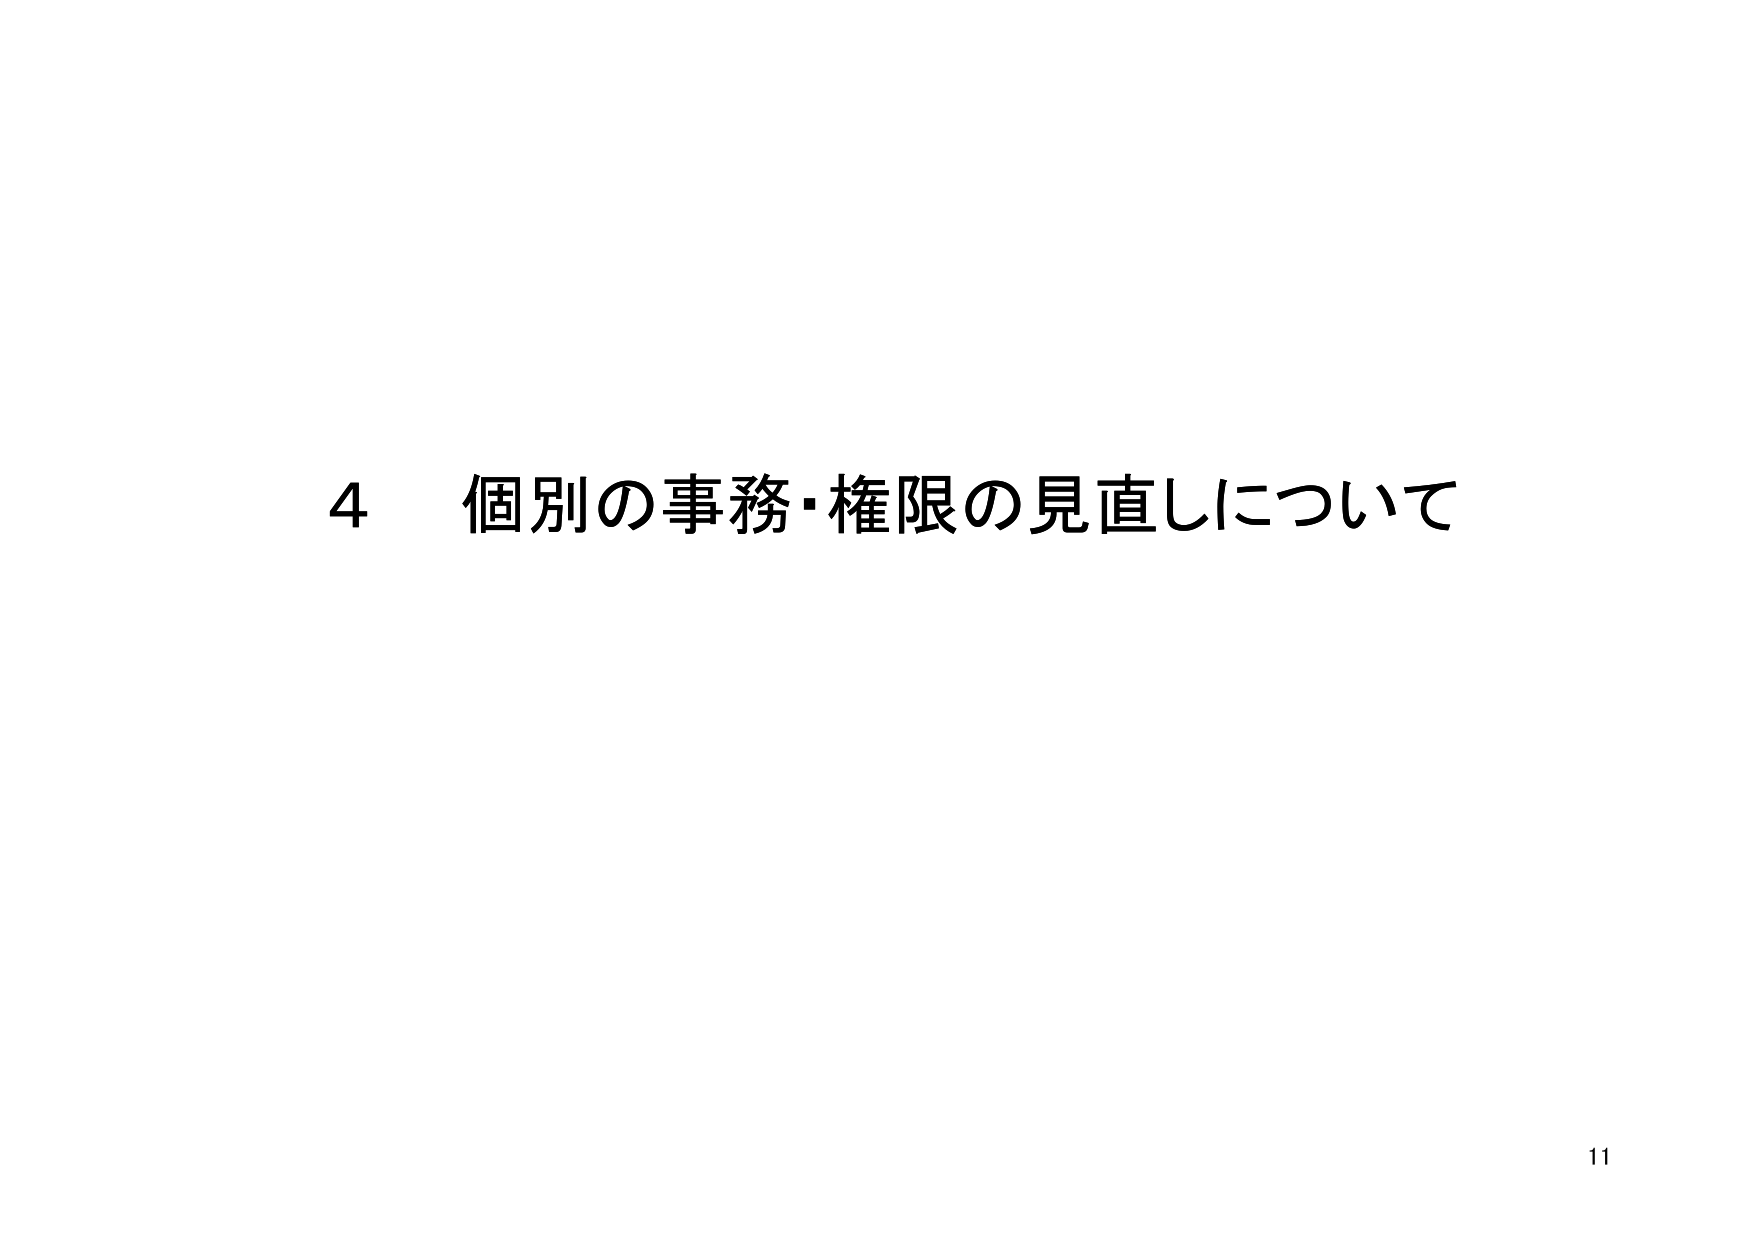
4 個別の事務・権限の見直しについて
11